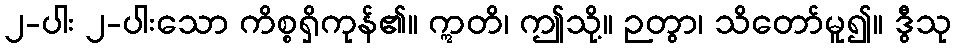
၂-ပါး ၂-ပါးသော ကိစ္စရှိကုန်၏။ ဣတိ၊ ဤသို့။ ဉတွာ၊ သိတော်မူ၍။ ဒွီသု